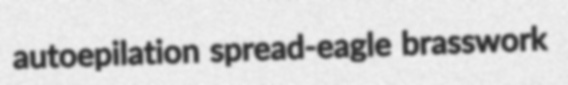
autoepilation spread-eagle brasswork